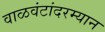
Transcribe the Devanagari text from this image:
वाळवंटांदरम्यान